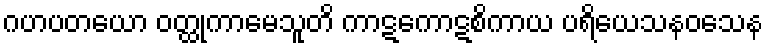
ဂဟပတယော ဝတ္ထုကာမေသူတိ ကာဋကောဋစိကာယ ပရိယေသနဝသေန